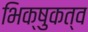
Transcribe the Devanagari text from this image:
भिक्षुकत्व